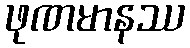
ဖုဏမာနဿ